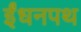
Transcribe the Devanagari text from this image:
ईंधनपथ